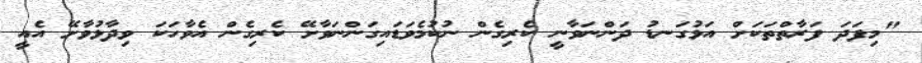
"މިފަދަ ފަރާތްތަކަށް އަޅުގަނޑު ދަންނަވާނީ ކެރިގެން ނުކުމެވަޑައިގަންނަވާށޭ ކެރިގެން އެވާހަކަ ވިދާޅުވާށޭ އެއީ